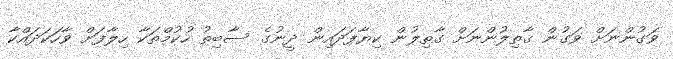
ވަގުންނަށް ވަގުން ޤާތިލުންނަށް ގާތިލުން ކިޔާފަދައިން ދީނުގެ ސާބިތު ހުކުމްތަކާ ހިލާފަށް ވާހަކަދައްކާ